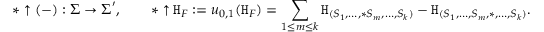
\ast \uparrow ( - ) : \boldsymbol { \Sigma } \to \boldsymbol { \Sigma } ^ { \prime } , \qquad \ast \uparrow \mathtt { H } _ { F } : = u _ { 0 , 1 } ( \mathtt { H } _ { F } ) = \sum _ { 1 \leq m \leq k } \mathtt { H } _ { ( S _ { 1 } , \dots , \ast S _ { m } , \dots , S _ { k } ) } - \mathtt { H } _ { ( S _ { 1 } , \dots , S _ { m } , \ast , \dots , S _ { k } ) } .